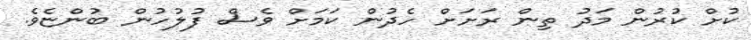
ކުށް ކުރުން މަދު ތިން ރަށަށް ހެދުން ކަމަށް ވެސް ފުލުހުން ބުންޏެވެ.